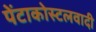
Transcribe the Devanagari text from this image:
पेंटाकोस्टलवादी